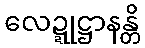
လေဍ္ဍုဋ္ဌာနန္တိ